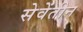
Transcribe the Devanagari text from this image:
सेवेंतीन